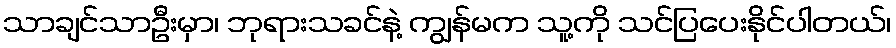
သာချင်သာဦးမှာ၊ ဘုရားသခင်နဲ့ ကျွန်မက သူ့ကို သင်ပြပေးနိုင်ပါတယ်၊